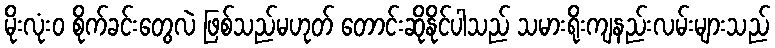
မိုးလုံး၀ စိုက်ခင်းတွေလဲ ဖြစ်သည်မဟုတ် တောင်းဆိုနိုင်ပါသည် သမားရိုးကျနည်းလမ်းများသည်